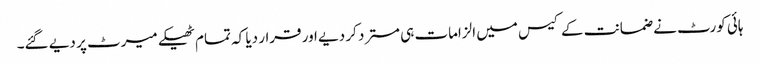
ہائی کورٹ نے ضمانت کے کیس میں الزامات ہی مسترد کر دیے اور قرار دیا کہ تمام ٹھیکے میرٹ پر دیے گئے۔